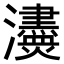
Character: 𤄼